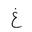
Letter: _gayn